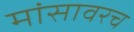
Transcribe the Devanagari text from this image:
मांसावरच